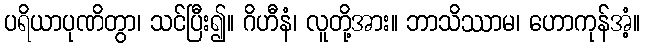
ပရိယာပုဏိတွာ၊ သင်ပြီး၍။ ဂိဟီနံ၊ လူတို့အား။ ဘာသိဿာမ၊ ဟောကုန်အံ့။